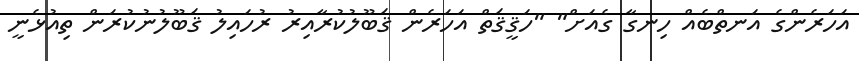
އަހަރެންގެ އަނތްބެއް ހިނގާ ގެއަށް" "ހަޤީޤަތް އަހަރެން ޤަބޫލުކުރާއިރު ރުހައިލު ޤަބޫލުނުކުރަން ތިއުޅެނީ